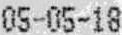
05-05-18